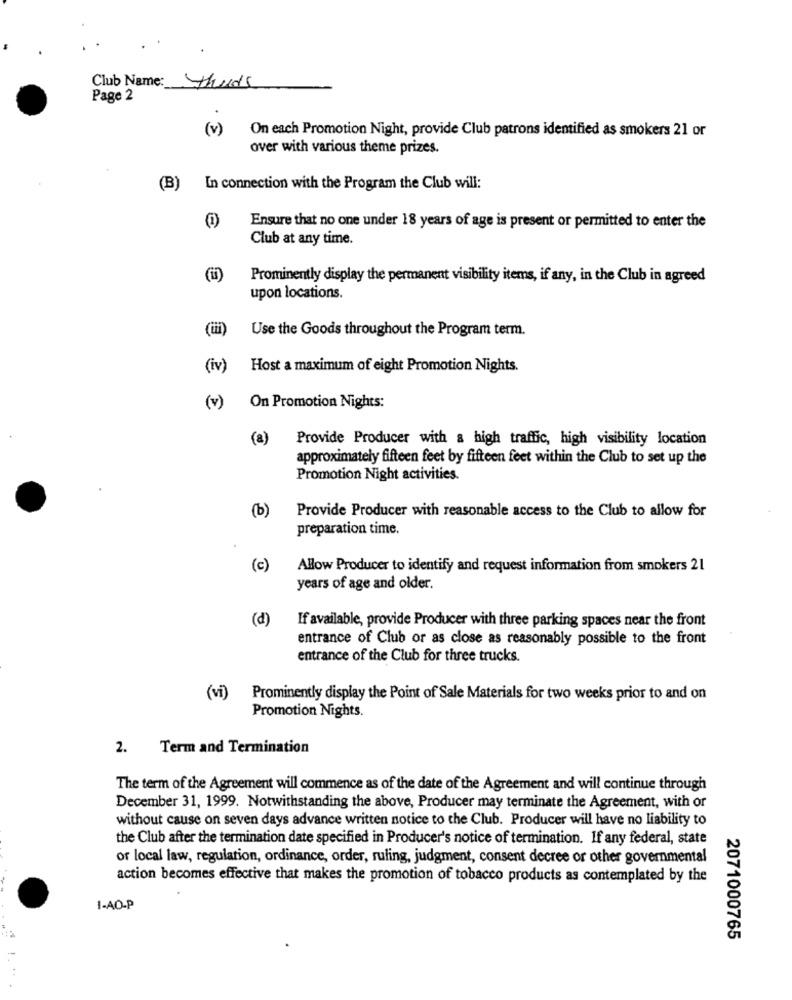
Club Name:
thuds
Page 2
(v)
On each Promotion Night, provide Club patrons identified as smokers 21 or
over with various theme prizes.
In connection with the Program the Club will:
(1)
Ensure that no one under 18 years of age is present or permitted to enter the
Club at any time.
Prominently display the permanent visibility items, if any, in the Club in agreed
upon locations.
(üi)
Use the Goods throughout the Program term.
(iv)
Host a maximum of eight Promotion Nights.
(v)
On Promotion Nights:
(a)
Provide Producer with a high traffic, high visibility location
approximately fifteen feet by fifteen feet within the Club to set up the
Promotion Night activities.
Provide Producer with reasonable access to the Club to allow for
(b)
preparation time.
(c)
Allow Producer to identify and request information from smokers 21
years of age and older.
(d)
If available, provide Producer with three parking spaces near the front
entrance of Club or as close as reasonably possible to the front
entrance of the Club for three trucks.
(vi) Prominently display the Point of Sale Materials for two weeks prior to and on
Promotion Nights.
2.
Term and Termination
The term of the Agreement will commence as of the date of the Agreement and will continue through
December 31, 1999. Notwithstanding the above, Producer may terminate the Agreement, with or
without cause on seven days advance written notice to the Club. Producer will have no liability to
the Club after the termination date specified in Producer's notice of termination. If any federal, state
or local law, regulation, ordinance, order, ruling, judgment, consent decree or other governmental
action becomes effective that makes the promotion of tobacco products as contemplated by the
1-AO-P
2071000765